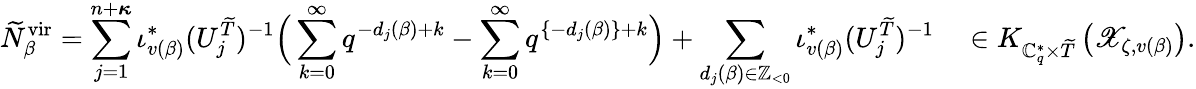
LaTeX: \widetilde{N}_{\beta}^{\mathrm{vir}}=\sum_{j=1}^{n+{\boldsymbol{\kappa}}}\iota_{v(\beta)}^{*}(U_{j}^{\widetilde{T}})^{-1}\Big(\sum_{k=0}^{\infty}q^{-d_{j}(\beta)+k}-\sum_{k=0}^{\infty}q^{\{ -d_{j}(\beta)\} +k}\Big)+\sum_{d_{j}(\beta)\in\mathbb{Z}_{<0}}\iota_{v(\beta)}^{*}(U_{j}^{\widetilde{T}})^{-1}\quad\in K_{\mathbb{C}_{q}^{*}\times\widetilde{T}}\left(\mathscr{X}_{\zeta,v(\beta)}\right).